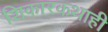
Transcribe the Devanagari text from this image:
शिकारकथाही